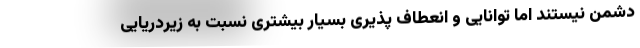
دشمن نیستند اما توانایی و انعطاف پذیری بسیار بیشتری نسبت به زیردریایی